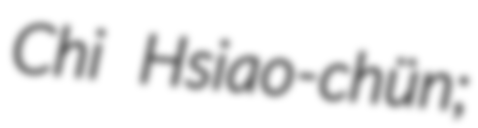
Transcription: Chi Hsiao-chün;